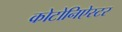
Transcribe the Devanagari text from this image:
कोटोनिऐस्टर